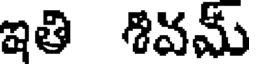
ఇతి శివమ్